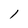
Character: l